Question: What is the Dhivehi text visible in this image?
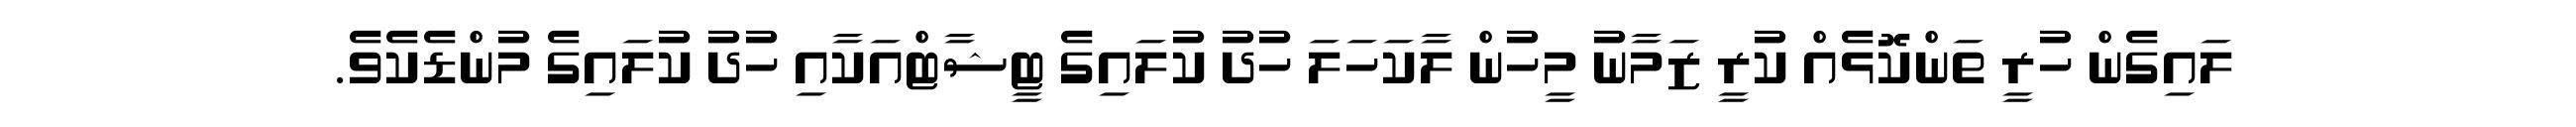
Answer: ލައިގެން ހުރީ ތަންކޮޅެއް ކުރީ ޒަމާނު މީހުން ލާކަހަލަ ހުދު ކުލައިގެ ޓީޝާޓްއަކާއި ހުދު ކުލައިގެ މުންޑެކެވެ.